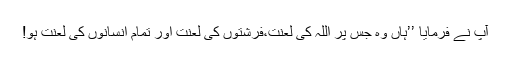
آپ نے فرمایا ’’ہاں وہ جس پر اللہ کی لعنت،فرشتوں کی لعنت اور تمام انسانوں کی لعنت ہو!